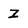
Character: Z